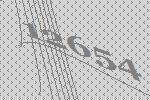
12654